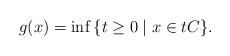
LaTeX: \begin{align*} g(x) = \inf{\{ t \geq 0 \mid x \in t C\}}.\end{align*}